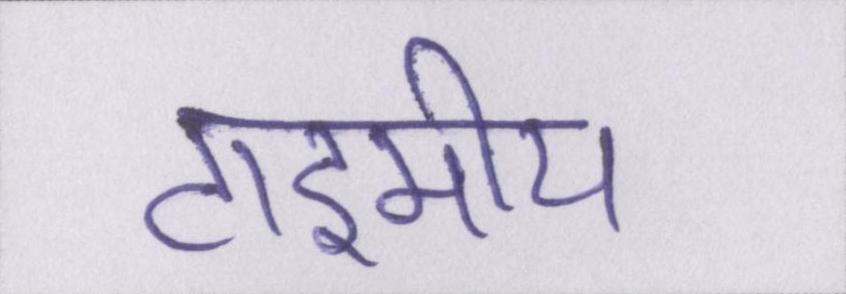
टाइमीय